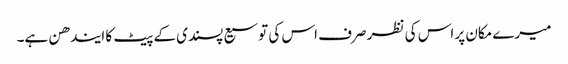
میرے مکان پر اس کی نظر صرف اس کی توسیع پسندی کے پیٹ کا ایندھن ہے۔